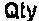
QTY